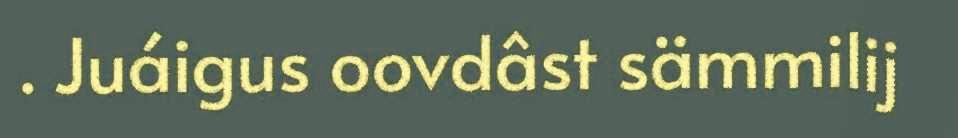
. Juáigus oovdâst sämmilij